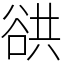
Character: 谼